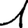
Digit: 1